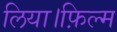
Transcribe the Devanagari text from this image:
लिया।फ़िल्म